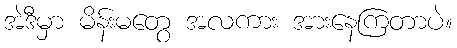
အဲဒီမှာ မိန်းမတွေ အလကား အားနေကြတာပဲ။